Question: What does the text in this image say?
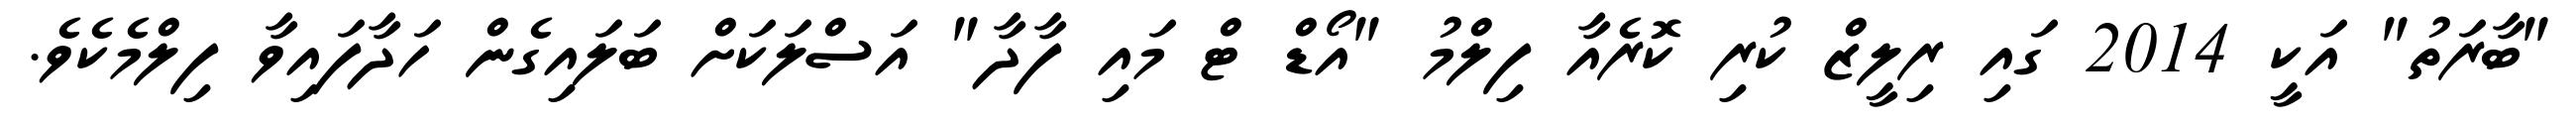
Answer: "ބާރަތު" އަކީ 2014 ގައި ރިލީޒް ކުރި ކޮރެއާ ފިލްމު "އޯޑް ޓް މައި ފާދާ" އަސްލަކަށް ބަލައިގެން ހަދާފައިވާ ފިލްމެކެވެ.